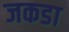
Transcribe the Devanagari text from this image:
जकडा